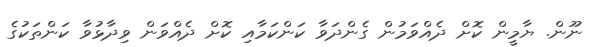
ނޫން. ޔާމީން ކޮށް ދެއްވަމުން ގެންދަވާ ކަންކަމާއި ކޮށް ދެއްވަން ވިދާޅުވާ ކަންތަކުގެ